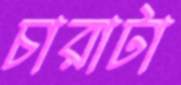
চারাটা